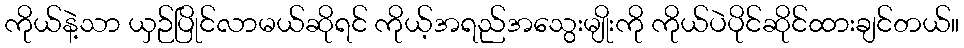
ကိုယ်နဲ့သာ ယှဉ်ပြိုင်လာမယ်ဆိုရင် ကိုယ့်အရည်အသွေးမျိုးကို ကိုယ်ပဲပိုင်ဆိုင်ထားချင်တယ်။